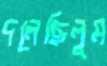
দলেছিলুম